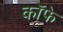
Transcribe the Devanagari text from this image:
कॉफे